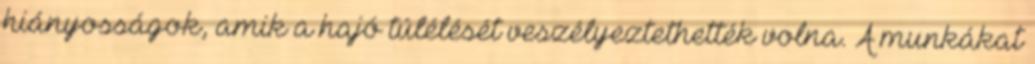
hiányosságok, amik a hajó túlélését veszélyeztethették volna. A munkákat